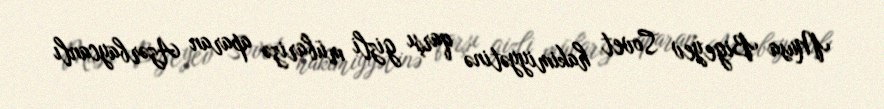
Musa Bigeyev Sovet hakimiyyətinə qarşı gizli mübarizə aparan Azərbaycanlı